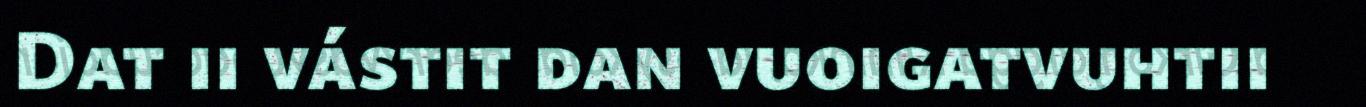
Dat ii vástit dan vuoigatvuhtii